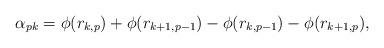
LaTeX: \begin{align*}\alpha_{pk} = \phi(r_{k,p}) + \phi(r_{k+1,p-1}) - \phi(r_{k,p-1}) - \phi(r_{k+1,p}),\; \end{align*}